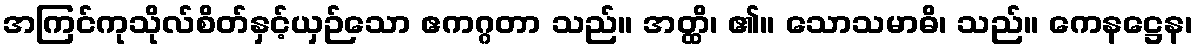
အကြင်ကုသိုလ်စိတ်နှင့်ယှဉ်သော ဧကဂ္ဂတာ သည်။ အတ္ထိ၊ ၏။ သောသမာဓိ၊ သည်။ ကေနဋ္ဌေန၊